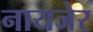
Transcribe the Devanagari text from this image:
नायजेर